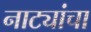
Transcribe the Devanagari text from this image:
नाट्यांचा